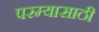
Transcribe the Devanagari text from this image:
परम्यासाठी